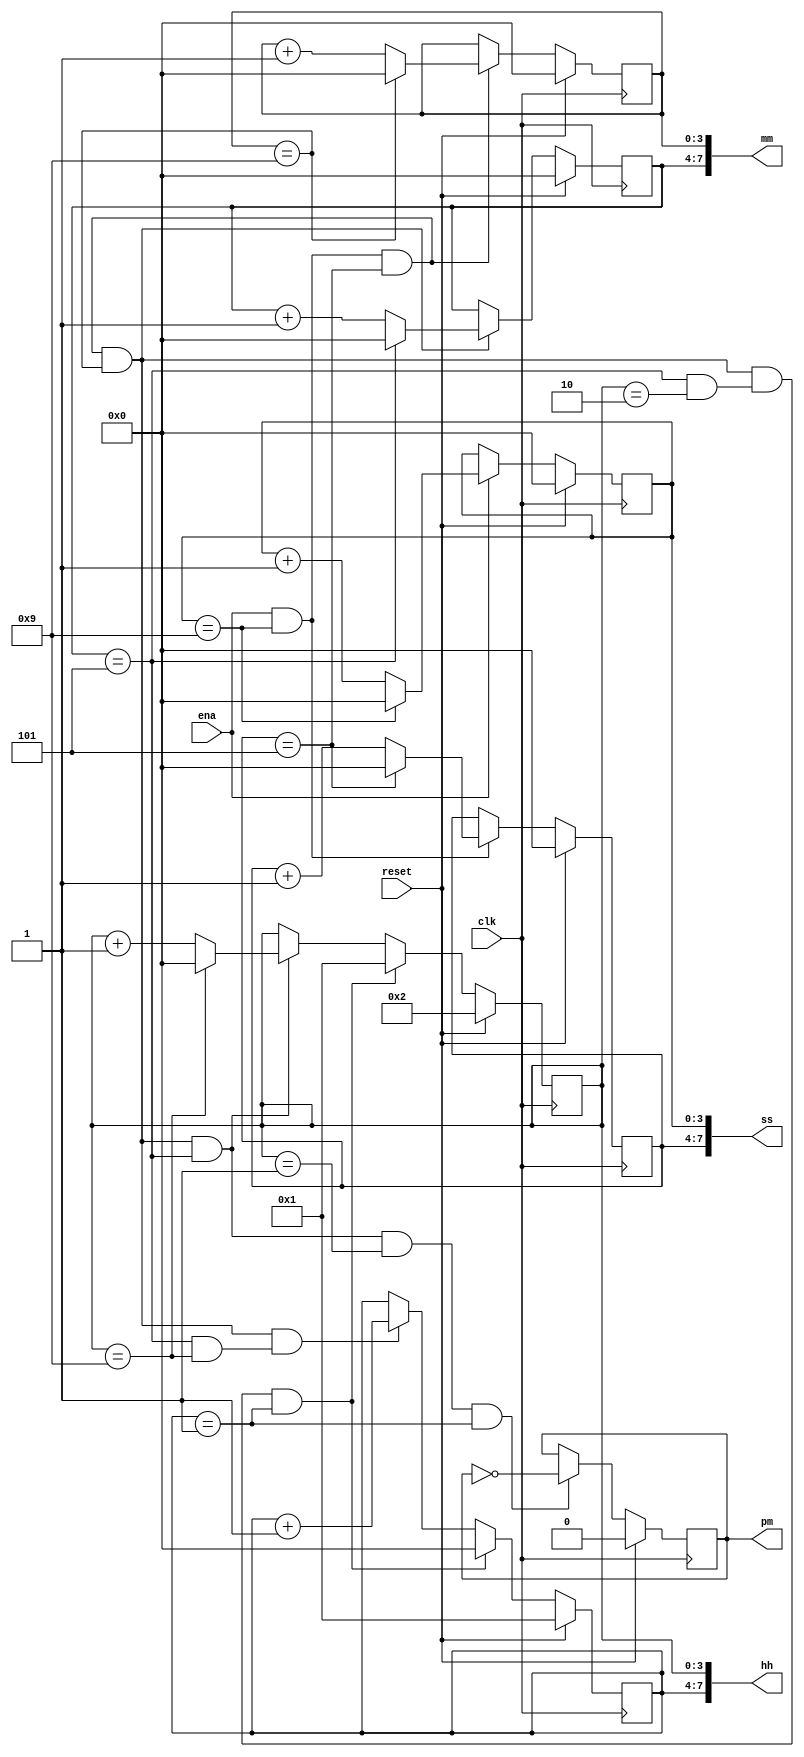
module top_module(
    input clk,
    input reset,
    input ena,
    output pm,
    output [7:0] hh,
    output [7:0] mm,
    output [7:0] ss); 
    
    
	reg [3:0] s0; //
    reg [3:0] s1; //
    
    //
    always @(posedge clk) begin
        if(reset)	begin
            s0<=4'h0;
        end 
        else if(ena)	begin
                if (s0==4'h9)	begin
                s0<=4'h0;
                end 
                else begin
                s0<=s0+1'b1;
                end
            end
    end
    
    always @(posedge clk)	begin
        if(reset) begin
            s1<=4'h0	;
        end 
        else if (ena&&s0==4'h9) begin
            if (s1==4'h5) begin
                s1<=4'h0;
            end 
            else begin
            s1<=s1+1'b1;
            end
        end
    end
    //
    reg [3:0] m0; //
    reg [3:0] m1; //
    
    always @(posedge clk) begin
        if(reset) begin
            m0<=4'd0;
        end 
        else if(ena&&s0==4'h9&&s1==4'h5) begin//59
            if(m0==4'h9)	begin   // x959 m0
                m0<=4'h0;
            end 
            else begin
                m0<=m0+1'b1 ;      //m09
            end
        end
    end
    
    always @(posedge clk) begin
        if(reset) begin
            m1<=4'h0;
        end 
        else if(ena&&s0==4'd9&&s1==4'd5&&m0==4'd9) begin
            if(m1==4'h5)	begin
                m1<=4'h0;
            end 
            else begin
                m1<=m1+1'b1 ;
            end
        end
    end
    //
    reg[3:0]h0; //
    reg[3:0]h1; //  0,1;

    always @(posedge clk) begin
        if(reset) begin
        h0<= 4'd2;
        end 
        else if(ena&&s0==4'h9&&s1==4'h5&&m0==4'h9&&m1==4'h5&h0==4'h2&&h1==4'h1) begin 
        h0<=4'h1;   //12:59:59 01:00:00
        end 
        else if(ena&&s0==4'h9&&s1==4'h5&&m0==4'h9&&m1==4'h5) begin    //xx:59:59
            if(h0==4'h9) begin
            h0<=4'h0;//9
            end 
            else begin
            h0<=h0+1'b1;  //h09
            end
        end
    end
    
    always @(posedge clk) begin
        if(reset) begin
            h1<=4'h1;
        end
        else if(ena==1'b1&&s0==4'h9&&s1==4'h5&&m0==4'h9&&m1==4'h5&h0==4'h2&&h1==4'h1) begin //12:59:59
                h1<=4'h0;//010000
        end 
        else if(ena==1'b1&&s0==4'h9&&s1==4'h5&&m0==4'h9&&m1==4'h5&h0==4'h9) begin   //x9:59:59 h09h1
            h1<=h1+1'b1;
        end
        else  h1<=h1;
    end
    
    reg	r_pm;
    
    //am or pm
    always @(posedge clk)	begin
        if (reset) r_pm<=1'b0;
        else if (ena&&s0==4'h9&&s1==4'h5&&m0==4'h9&&m1==4'h5&&h0==4'h1&&h1==4'h1) begin
        r_pm<=~r_pm;   //pm115959pm
        end
    end
    //
    assign hh={h1,h0};	
    assign mm={m1,m0};
    assign ss={s1,s0};
    assign pm=r_pm;
    
endmodule